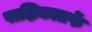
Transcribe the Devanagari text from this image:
पाक्षिकातर्फे